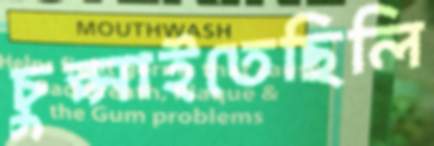
চুপ্‌সাইতেছিলি